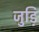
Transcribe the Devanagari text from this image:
जुड़ि